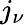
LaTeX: j_{\nu}